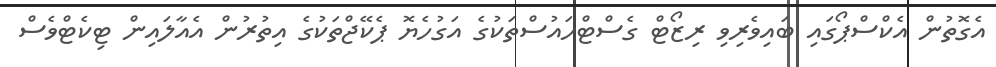
އެގޮތުން އެކްސްޕޯގައި ބައިވެރިވި ރިޒޯޓް ގެސްޓްހައުސްތަކުގެ އަގުހެޔޮ ޕެކޭޖްތަކުގެ އިތުރުން އެއާލައިން ޓިކެޓްވެސް